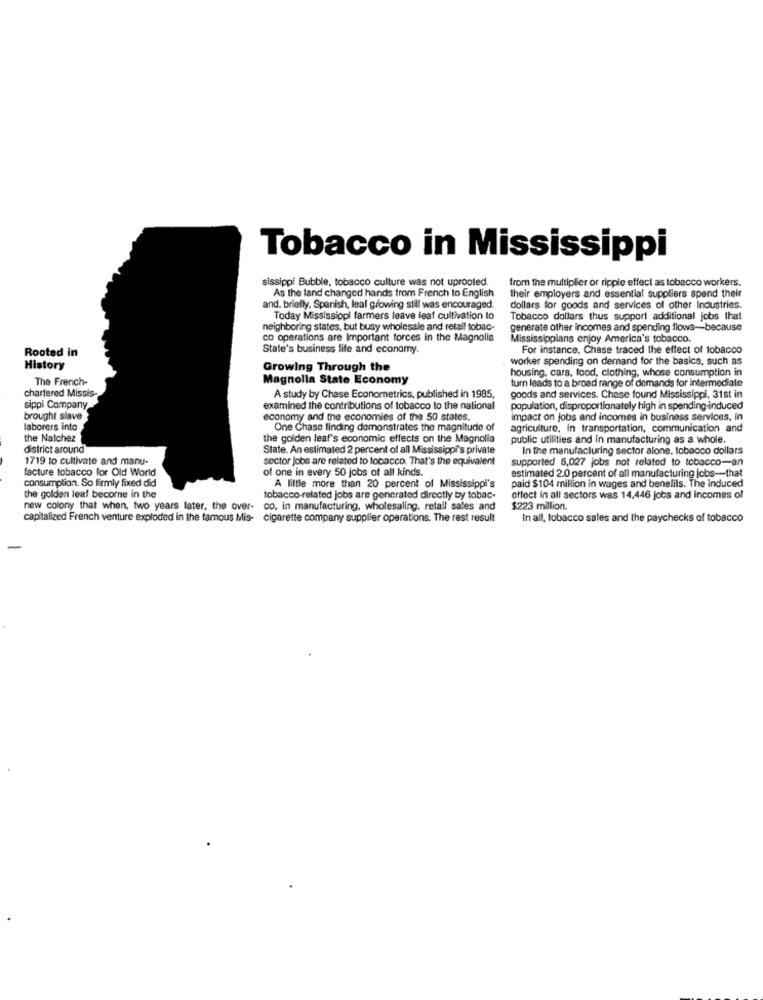
Tobacco in Mississippi
sissippi Bubble, tobacco culture was not uprooled.
from the multiplier or ripple effect as tobacco workers.
As the land changed hands from French to English
their employers and essential suppliers spend their
and. briefly. Spanish, leal growing still was encouraged.
dollars for goods and services of other Industries.
Today Mississippi farmers leave leat cultivation lo
Tobacco dollars thus support additional jobs that
neighboring states, but busy wholesale and retail tobac-
generate other incomes and spending flows -- because
co operations are Important forces in the Magnolia
Mississippians enjoy America's tobacco.
Rooted in
State's business life and economy.
For instance, Chase traced the effect of tobacco
worker spending on demand for the basics, such as
History
Growing Through the
housing, cars, food, clothing, whose consumption in
The French-
Magnolla State Economy
turn leads to a broad range of demands for intermediate
chartered Missis
A study by Chase Econometrics, published in 1985,
goods and services. Chase found Mississippi, 31st in
sippi Company
examined the contributions of tobacco to the national
population, disproportionately high in spending-induced
brought slave
economy and the economies of the 50 states.
impact on jobs and incomes in business services, in
laborers into
One Chase finding demonstrates the magnitude of
agriculture, in transportation, communication and
the Natchez
the golden leaf's economic effects on the Magnolia
public utilities and in manufacturing as a whole.
district around
State. An estimated 2 percent of all Mississippi's private
In the manufacturing sector alone, tobacco dollars
1719 to cultivate and manu-
sector Jobs are related to tobacco. That's the equivalent
supported 6,027 jobs not related to tobacco-an
facture tobacco for Old World
of one in every 50 jobs of all kinds.
estimated 2.0 percent of all manufacturing jobs-that
consumption. So firmly fixed did
A little more than 20 percent of Mississippi's
paid $104 million in wages and benelils. The induced
the golden leaf become in the
tobacco-related jobs are generated directly by tobac-
effect in all sectors was 14,446 jobs and Incomes of
new colony that when, two years later, the over- co, in manufacturing, wholesaling. retail sales and
$223 million.
capitalized French venture exploded in the famous Mis- cigarette company supplier operations. The rest result
In all, tobacco sales and the paychecks of tobacco
-